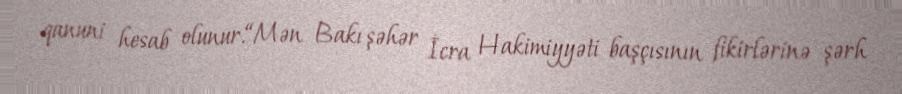
qanuni hesab olunur.“Mən Bakı şəhər İcra Hakimiyyəti başçısının fikirlərinə şərh